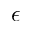
\epsilon